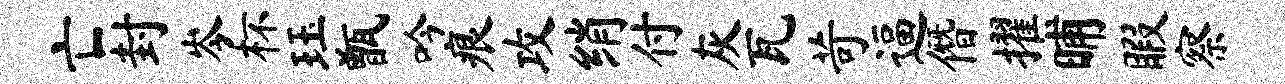
亡封岑杯珏甑吟痕攻绡付灰瓦苛逼僭擢晡暇察